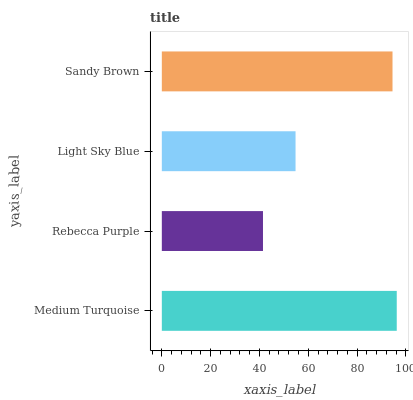
| yaxis_label | bars |
 | --- | --- |
 | Medium Turquoise | 96.3 |
 | Rebecca Purple | 41.4 |
 | Light Sky Blue | 54.8 |
 | Sandy Brown | 94.5 |